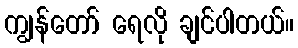
ကျွန်တော် ရေလို ချင်ပါတယ်။